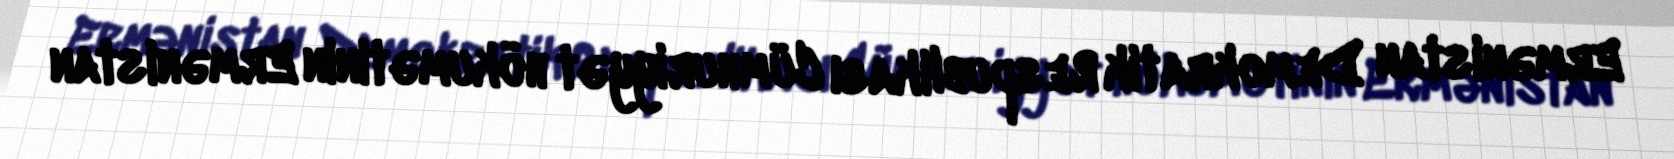
Ermənistan Demokratik Respublikası Cümhuriyyət hökumətinin Ermənistan